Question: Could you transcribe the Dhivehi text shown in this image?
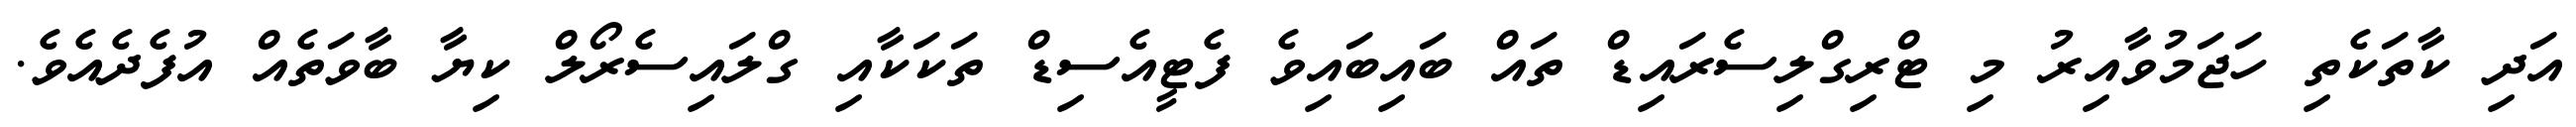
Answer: އަދި ކާތަކެތި ހަޖަމުވާއިރު މި ޓްރިގްލިސެރައިޑް ތައް ބައިބައިވެ ފެޓީއެސިޑް ތަކަކާއި ގްލައިސެރޯލް ކިޔާ ބާވަތެއް އުފެދެއެވެ.